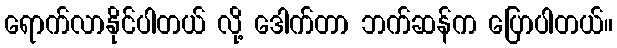
ရောက်လာနိုင်ပါတယ် လို့ ဒေါက်တာ ဘက်ဆန်က ပြောပါတယ်။